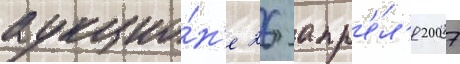
аукцио́н'е 26 апр'е́л'я 2007